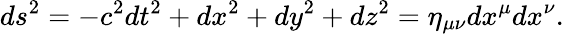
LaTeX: ds^{2}=-c^{2}dt^{2}+dx^{2}+dy^{2}+dz^{2}=\eta_{\mu\nu}dx^{\mu}dx^{\nu}.